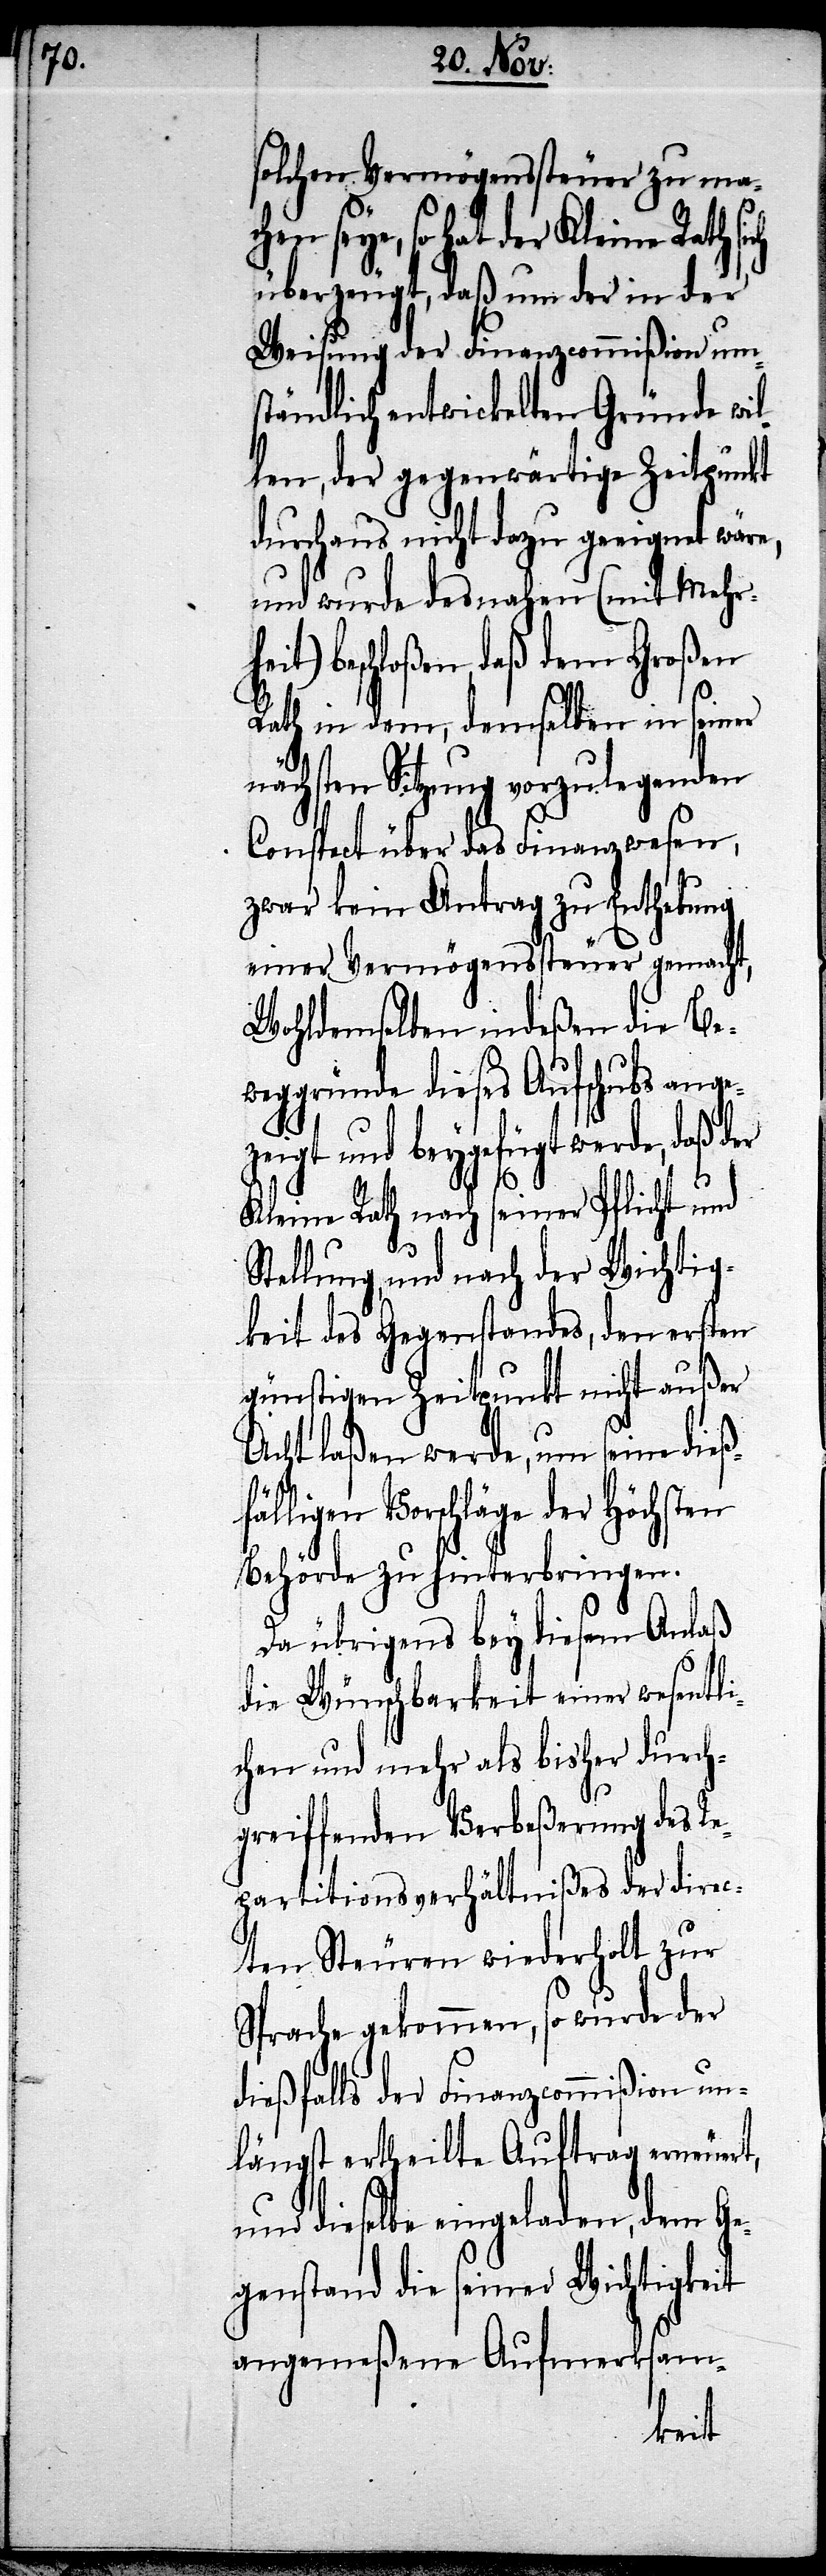
solchen Vermögenssteuer zu ma¬
chen seye, so hat der Kleine Rath
überzeugt, daß um der in der
Weisung der Finanzcommißion um¬
ständlich entwickelten Gründe wil¬
len, der gegenwärtige Zeitpunkt
durchaus nicht dazu geeignet wäre,
und wurde desnahen (mit Mehr¬
beschloßen, daß dem Großen
Rath in dem, demselben in seiner
nächsten Sitzung vorzulegenden
Conspect über das Finanzwesen,
zwar kein Antrag zu Enthebung
einer Vermögenssteuer gemacht,
Wohldemselben indeßen die Be¬
weggründe dieses Aufschubs ange¬
und darüber seiner Zeit dem
Kleine Rath nach seiner Pflicht und
Stellung und nach der Wichtig¬
keit des Gegenstandes, den ersten
günstigen Zeitpunkt nicht außer
Acht laßen werden, um seine dieß¬
fälligen Vorschläge der Höchsten
Anträge zu hinterbringen.
Da übrigens bey diesem Anlaß
die Wünschbarkeit einer wesentli¬
chen und mehr als bisher durch¬
greiffenden Verbeßerung des Re¬
partitionsverhältnißes der direc¬
ten Steuern wiederholt zur
Sprache gekommen, so wurde der
dießfalls der Finanzcommißion un¬
längst ertheilte Auftrag erneuert,
und dieselbe eingeladen, dem Ge¬
genstand die seiner Wichtigkeit
angemeßene Aufmerksam-
keit